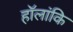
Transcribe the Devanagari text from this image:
हॉलांकि